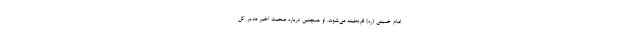
امام خمینی (ره) قرنطینه می‌شوند. او همچنین درباره صحبت اخیر مدیر کل